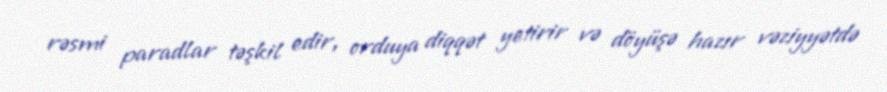
rəsmi paradlar təşkil edir, orduya diqqət yetirir və döyüşə hazır vəziyyətdə